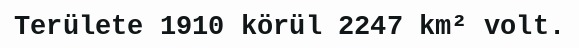
Területe 1910 körül 2247 km² volt.